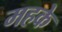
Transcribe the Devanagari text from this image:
महके